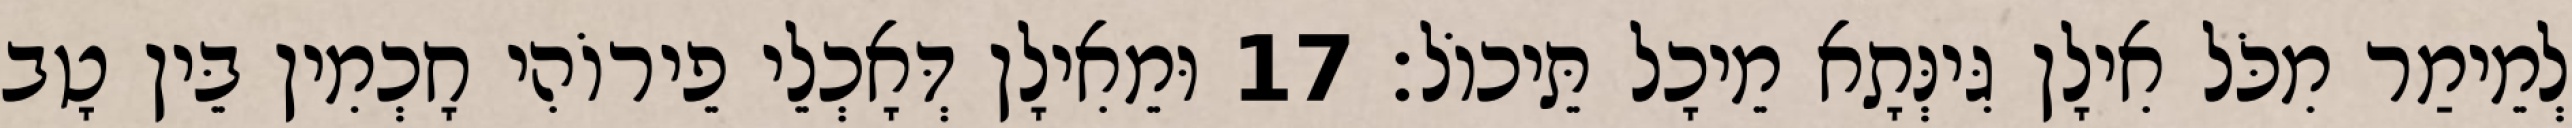
לְמֵימַר מִכֹּל אִילָן גִּינְּתָא מֵיכָל תֵּיכוֹל׃ 17 וּמֵאִילָן דְּאָכְלֵי פֵירוֹהִי חָכְמִין בֵּין טָב